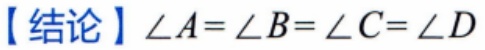
【结论】$\angle A = \angle B=\angle C=\angle D$